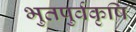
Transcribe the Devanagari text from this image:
भुतपुर्वकृषि